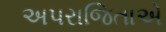
અપરાજિતાએ